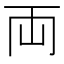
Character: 両